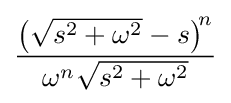
{\frac {\left({\sqrt {s^{2}+\omega ^{2}}}-s\right)^{\!n}}{\omega ^{n}{\sqrt {s^{2}+\omega ^{2}}}}}